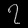
Digit: ၇